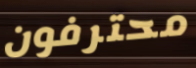
محترفون